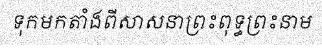
ទុកមកតាំងពីសាសនាព្រះពុទ្ធព្រះនាម